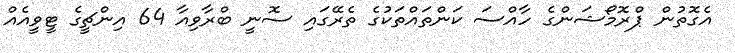
އެގޮތުން ޕްރޮމޯޝަންގެ ހާއްސަ ކަންތައްތަކުގެ ތެރޭގައި ސޮނީ ބްރާވިއާ 64 އިންޗީގެ ޓީވީއެއް